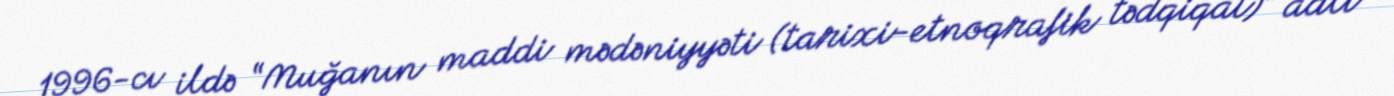
1996-cı ildə “Muğanın maddi mədəniyyəti (tarixi-etnoqrafik tədqiqat)” adlı